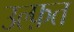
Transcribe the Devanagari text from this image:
उल्फ़त